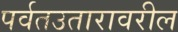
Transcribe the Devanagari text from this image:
पर्वतउतारावरील